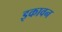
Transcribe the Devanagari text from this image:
इकावन